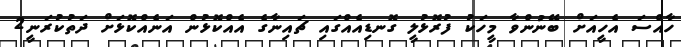
ހާއްސަ އެހީއަށް ބޭނުންވާ މީހަކު ފުރޮޅުލީ ގޮނޑިއެއްގައި ޗައިނާގެ އެއްކޮޅުން އަނެއްކޮޅަށް ދަތުކުރަނީ2